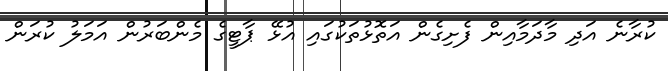
ކުރާނެ އަދި މާދަމާއިން ފެށިގެން އަތޮޅުތަކުގައި އުޅޭ ޕާޓީގެ މެންބަރުން އަމަލު ކުރަން